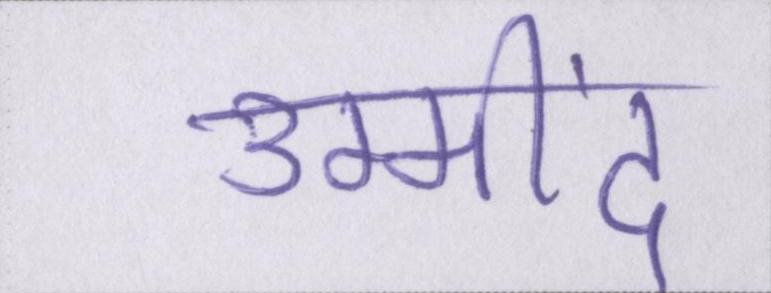
उम्मींद